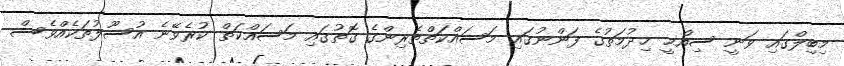
މިބިލްގައި ވަނީ ސިއްޙީ ޚިދުމަތުގެ ފަންނުގައި މަސައްކަތްތެރިންގެ ގޮތުގައި މަސައްކަތް ކުރެވޭނެ އުސޫލުތަކެއްވެސް